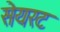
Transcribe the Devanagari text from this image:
सेयरट